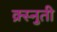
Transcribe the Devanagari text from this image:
क्र्स्नुती